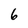
Character: 6